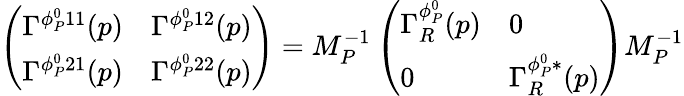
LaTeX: \left(\begin{array}{ll}{{\Gamma^{\phi_{P}^{0}11}(p)}}&{{\Gamma^{\phi_{P}^{0}12}(p)}}\\ {{\Gamma^{\phi_{P}^{0}21}(p)}}&{{\Gamma^{\phi_{P}^{0}22}(p)}}\end{array}\right)=M_{P}^{-1}\left(\begin{array}{ll}{{\Gamma_{R}^{\phi_{P}^{0}}(p)}}&{{0}}\\ {{0}}&{{\Gamma_{R}^{\phi_{P}^{0}*}(p)}}\end{array}\right)M_{P}^{-1}